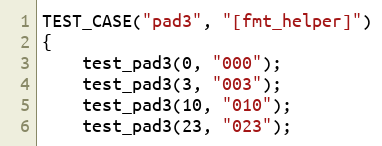
Language: C++
TEST_CASE("pad3", "[fmt_helper]")
{
    test_pad3(0, "000");
    test_pad3(3, "003");
    test_pad3(10, "010");
    test_pad3(23, "023");